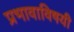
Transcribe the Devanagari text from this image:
प्रभावाविषयी